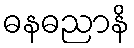
ဓနဓညာနိ